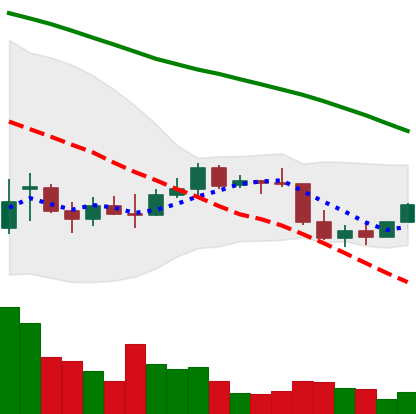
Ticker: EOS-USD
Chart end date: 2022-01-02
Forward return: -12.706%
Label: down_7plus